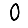
Digit: 0